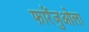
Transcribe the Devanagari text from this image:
फारेंजुओला